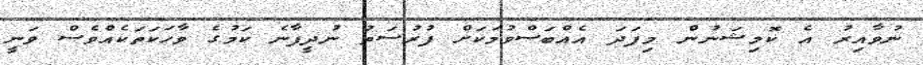
ނުވާއިރު އެ ކޮމިޝަނުން މިފަދަ އެއްބަސްވުމަކަށް ފުރުސަތު ނުދީފާނެ ކަމުގެ ވާހަކަތަކެއްވެސް ވަނީ